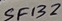
Text: SF132